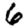
Digit: 6